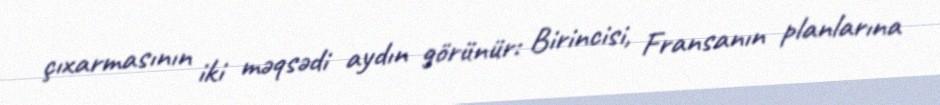
çıxarmasının iki məqsədi aydın görünür: Birincisi, Fransanın planlarına